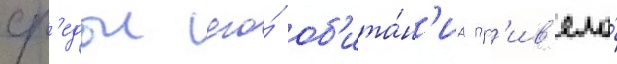
ср'едои его́ об'ита́н'иа пр'ив'ело́